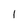
Character: 1